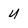
Character: U